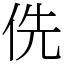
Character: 侁